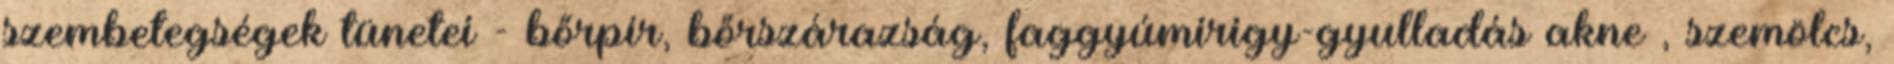
szembetegségek tünetei - bőrpír, bőrszárazság, faggyúmirigy-gyulladás akne , szemölcs,